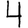
Digit: 4